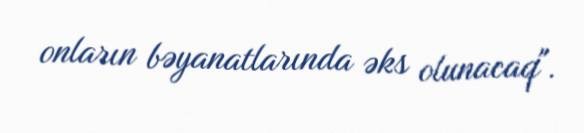
onların bəyanatlarında əks olunacaq".